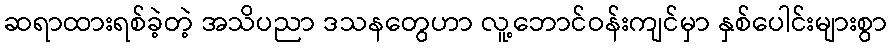
ဆရာထားရစ်ခဲ့တဲ့ အသိပညာ ဒသနတွေဟာ လူ့ဘောင်ဝန်းကျင်မှာ နှစ်ပေါင်းများစွာ